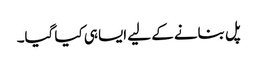
پل بنانے کے لیے ایسا ہی کیا گیا۔